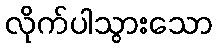
လိုက်ပါသွားသော